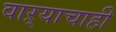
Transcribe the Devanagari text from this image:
वाऱ्याचाही